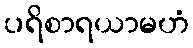
ပရိစာရယာမဟံ